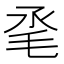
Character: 𣬻